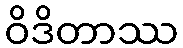
ဝိဒိတာဿ